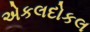
એકલદોકલ